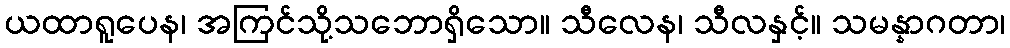
ယထာရူပေန၊ အကြင်သို့သဘောရှိသော။ သီလေန၊ သီလနှင့်။ သမန္နာဂတာ၊